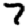
Digit: 7